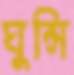
ঘুন্সি